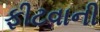
ફીટવાની